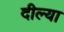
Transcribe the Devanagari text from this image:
दील्या